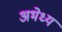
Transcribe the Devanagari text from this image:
अभेध्य